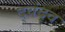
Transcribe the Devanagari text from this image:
द्‍वंद्‍व